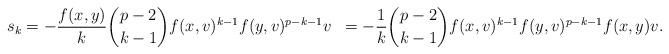
LaTeX: \begin{align*} s_k&=-\frac{f(x,y)}{k}\binom{p-2}{k-1}f(x,v)^{k-1}f(y,v)^{p-k-1}v &=-\frac{1}{k}\binom{p-2}{k-1}f(x,v)^{k-1}f(y,v)^{p-k-1}f(x,y)v.\end{align*}